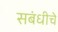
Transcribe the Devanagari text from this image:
सबंधीचे